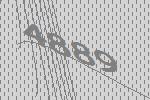
4889